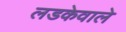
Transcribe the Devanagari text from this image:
लडकेवाले